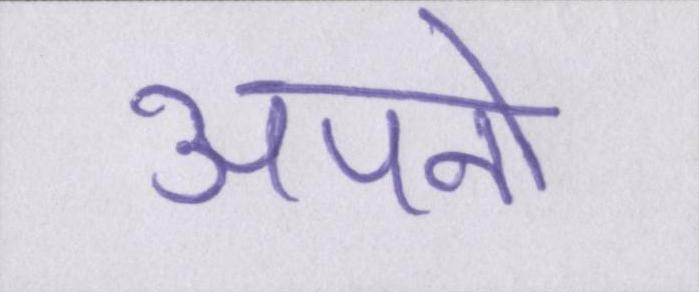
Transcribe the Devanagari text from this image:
अपनो